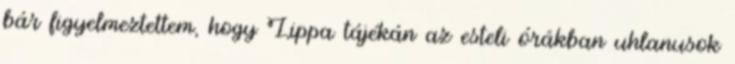
bár figyelmeztettem, hogy Lippa tájékán az esteli órákban uhlanusok